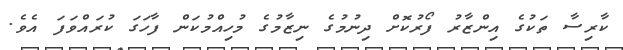
ކާރިސާ ތަކުގެ އިންޒާރު ފޯރުކޮށް ދިނުމުގެ ނިޒާމުގެ މުހިއްމުކަން ފާހަގަ ކުރައްވަފަ އެވެ.